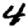
Digit: 4